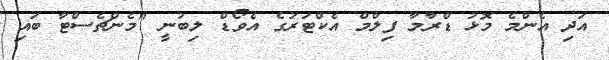
އަދި އެންމެ މޮޅު ޑްރާމާ ފިލްމް އެކްޓަރުގެ އެވޯޑް ލިބުނީ "މެންޗެސްޓާ ބައި